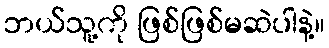
ဘယ်သူ့ကို ဖြစ်ဖြစ်မဆဲပါနဲ့။